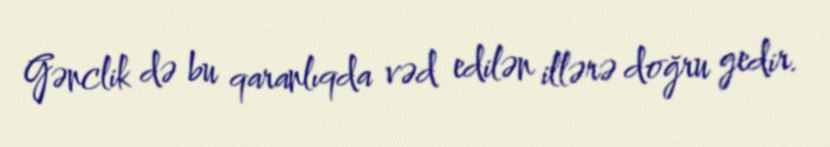
Gənclik də bu qaranlıqda vəd edilən illərə doğru gedir.